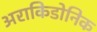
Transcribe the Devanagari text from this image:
अराकिडोनिक